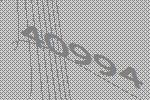
40994